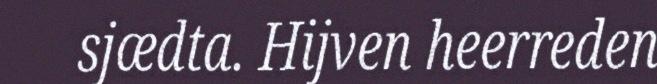
sjædta. Hijven heerreden